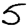
Digit: 5